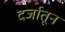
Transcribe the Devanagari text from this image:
दर्जातून